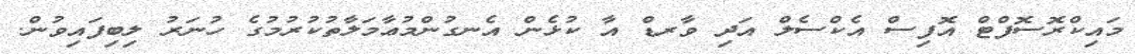
މައިކްރޮސޮފްޓް އޮފިސް އެކްސެލް އަދި ވާރޑް އާ ކުޅެން އެނގުންމުޢާމަލާތުކުރުމުގެ ހުނަރު ލިބިފައިވުން.